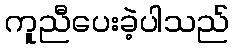
ကူညီပေးခဲ့ပါသည်